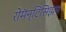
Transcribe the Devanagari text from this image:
रोमॅन्टिसिझम